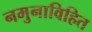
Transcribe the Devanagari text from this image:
नमुनाविहित